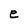
Character: e